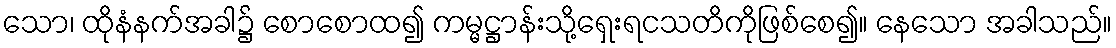
သော၊ ထိုနံနက်အခါ၌ စောစောထ၍ ကမ္မဋ္ဌာန်းသို့ရှေးရငသတိကိုဖြစ်စေ၍။ နေသော အခါသည်။